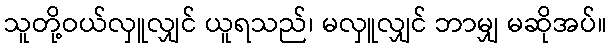
သူတို့ဝယ်လှူလျှင် ယူရသည်၊ မလှူလျှင် ဘာမျှ မဆိုအပ်။